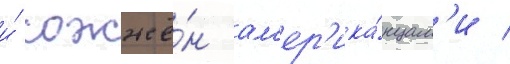
и́ сожжё́н ам'ер'ика́нцам'и /